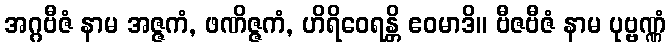
အဂ္ဂဗီဇံ နာမ အဇ္ဇကံ, ဖဏိဇ္ဇကံ, ဟိရိဝေရန္တိ ဧဝမာဒိ။ ဗီဇဗီဇံ နာမ ပုဗ္ဗဏ္ဏံ